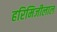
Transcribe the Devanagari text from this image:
हरिमिजीलाल